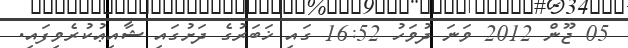
05 ޖޫން 2012 ވަނަ ދުވަހު 16:52 ގައި ޚަބަރުގެ ދަށުގައި ޝާއިޢުކުރެވިފައި.